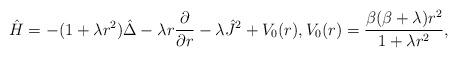
LaTeX: \begin{align*} \hat{H} = - (1+\lambda r^2) \hat{\Delta} - \lambda r \frac{\partial}{\partial r} - \lambda \hat{J}^2 + V_0(r), V_0(r) = \frac{\beta(\beta+\lambda)r^2}{1+\lambda r^2}, \end{align*}